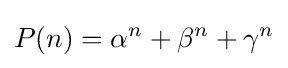
P(n)=\alpha ^{n}+\beta ^{n}+\gamma ^{n}